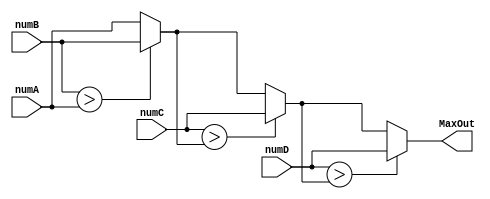
module MaxUnit (
    input  signed [DATA_WIDTH-1:0] numA,numB,numC,numD,
    output  [DATA_WIDTH-1:0] MaxOut
  );

  parameter DATA_WIDTH = 16;
  reg signed [DATA_WIDTH-1:0] MaxOut_temp;
  assign MaxOut = MaxOut_temp;
  always @(*)
  begin
    MaxOut_temp = numA; // 假设numA是最大的

    if (numB > MaxOut_temp)
    begin
      MaxOut_temp = numB; // 如果numB比MaxOut大，更新MaxOut
    end

    if (numC > MaxOut_temp)
    begin
      MaxOut_temp = numC; // 如果numC比MaxOut大，更新MaxOut
    end

    if (numD > MaxOut_temp)
    begin
      MaxOut_temp = numD; // 如果numD比MaxOut大，更新MaxOut
    end
  end

endmodule